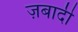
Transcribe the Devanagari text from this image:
ज़बादी